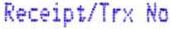
RECEIPT/TRX NO